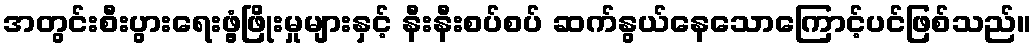
အတွင်းစီးပွားရေးဖွံ့ဖြိုးမှုများနှင့် နီးနီးစပ်စပ် ဆက်နွယ်နေသောကြောင့်ပင်ဖြစ်သည်။